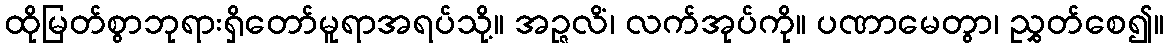
ထိုမြတ်စွာဘုရားရှိတော်မူရာအရပ်သို့။ အဉ္ဇလိံ၊ လက်အုပ်ကို။ ပဏာမေတွာ၊ ညွှတ်စေ၍။